Scottish Leaving Certificate Examination, 1960
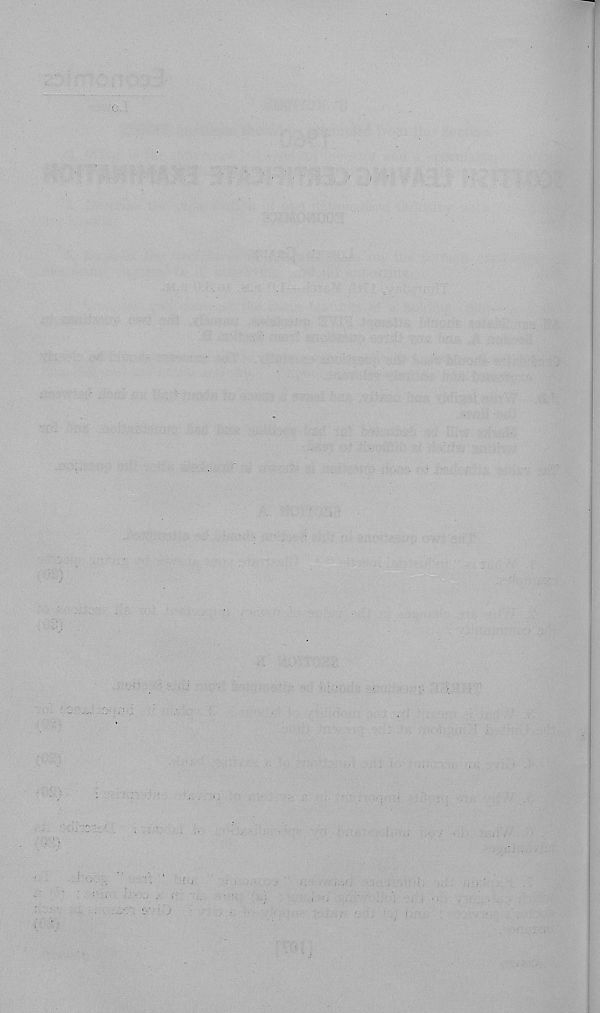
c.'.
.
■ .
.
'
K-mu.
: ‘.
■
. i
■ 7 e - .?>;
^b:v3t
:• ■
.